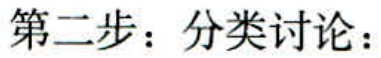
第二步：分类讨论：